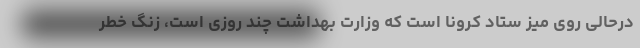
درحالی روی میز ستاد کرونا است که وزارت بهداشت چند روزی است، زنگ خطر